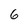
Character: 6